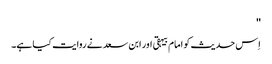
''
اِس حدیث کو امام بیہقی اور ابن سعد نے روایت کیا ہے۔